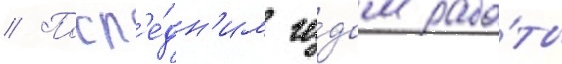
// Посл'е́дн'им го́дом рабо́ты